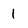
Character: 1